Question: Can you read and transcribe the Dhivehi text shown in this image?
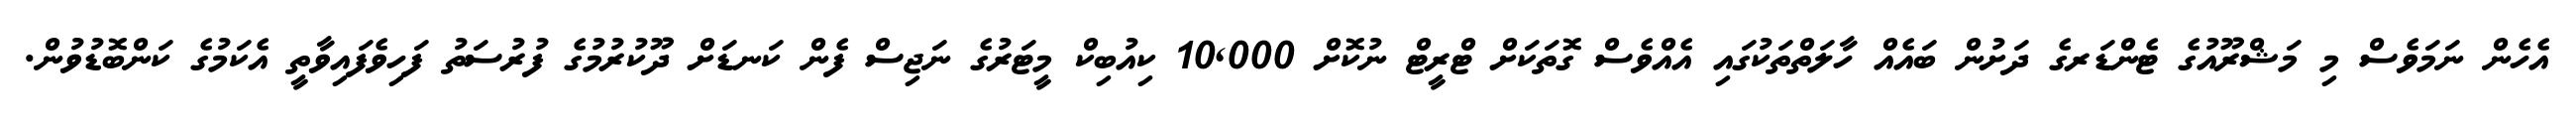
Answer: އެހެން ނަމަވެސް މި މަޝްރޫއުގެ ޓެންޑަރގެ ދަށުން ބައެއް ހާލަތްތަކުގައި އެއްވެސް ގޮތަކަށް ޓްރީޓް ނުކޮށް 10,000 ކިއުބިކް މީޓަރުގެ ނަޖިސް ފެން ކަނޑަށް ދޫކުރުމުގެ ފުރުސަތު ފަހިވެފައިވާތީ އެކަމުގެ ކަންބޮޑުވުން.